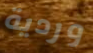
وردية